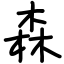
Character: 森